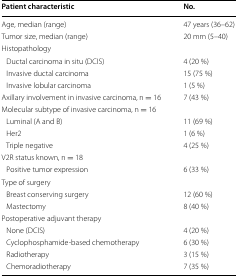
<table><thead><tr><td><b>Patient characteristic</b></td><td><b>No.</b></td></tr></thead><tbody><tr><td>Age, median (range)</td><td>47 years (36–62)</td></tr><tr><td>Tumor size, median (range)</td><td>20 mm (5–40)</td></tr><tr><td colspan="2">Histopathology</td></tr><tr><td> Ductal carcinoma in situ (DCIS)</td><td>4 (20 %)</td></tr><tr><td> Invasive ductal carcinoma</td><td>15 (75 %)</td></tr><tr><td> Invasive lobular carcinoma</td><td>1 (5 %)</td></tr><tr><td>Axillary involvement in invasive carcinoma, n = 16</td><td>7 (43 %)</td></tr><tr><td colspan="2">Molecular subtype of invasive carcinoma, n = 16</td></tr><tr><td> Luminal (A and B)</td><td>11 (69 %)</td></tr><tr><td> Her2</td><td>1 (6 %)</td></tr><tr><td> Triple negative</td><td>4 (25 %)</td></tr><tr><td colspan="2">V2R status known, n = 18</td></tr><tr><td> Positive tumor expression</td><td>6 (33 %)</td></tr><tr><td colspan="2">Type of surgery</td></tr><tr><td> Breast conserving surgery</td><td>12 (60 %)</td></tr><tr><td> Mastectomy</td><td>8 (40 %)</td></tr><tr><td colspan="2">Postoperative adjuvant therapy</td></tr><tr><td> None (DCIS)</td><td>4 (20 %)</td></tr><tr><td> Cyclophosphamide-based chemotherapy</td><td>6 (30 %)</td></tr><tr><td> Radiotherapy</td><td>3 (15 %)</td></tr><tr><td> Chemoradiotherapy</td><td>7 (35 %)</td></tr></tbody></table>